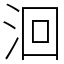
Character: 洄